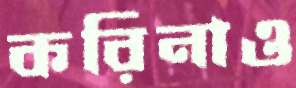
করিনাও